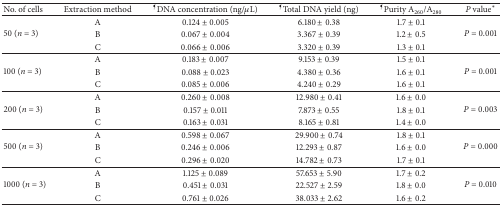
<table><thead><tr><td><b>No. of cells</b></td><td><b>Extraction method</b></td><td><b><sup>¶</sup>DNA concentration(ng/<i>μ</i>L)</b></td><td><b><sup>¶</sup>Total DNA yield (ng)</b></td><td><b><sup>¶</sup>Purity A<sub>260</sub>/A<sub>280</sub></b></td><td><b><i>P</i> value*</b></td></tr></thead><tbody><tr><td rowspan="3">50 (<i>n</i> = 3)</td><td>A</td><td>0.124 ± 0.005</td><td>6.180 ± 0.38</td><td>1.7 ± 0.1</td><td rowspan="3"><i>P</i> = 0.001</td></tr><tr><td>B</td><td>0.067 ± 0.004</td><td>3.367 ± 0.39</td><td>1.2 ± 0.5</td></tr><tr><td>C</td><td>0.066 ± 0.006</td><td>3.320 ± 0.39</td><td>1.3 ± 0.1</td></tr><tr><td rowspan="3">100 (<i>n</i> = 3)</td><td>A</td><td>0.183 ± 0.007</td><td>9.153 ± 0.39</td><td>1.5 ± 0.1</td><td rowspan="3"><i>P</i> = 0.001</td></tr><tr><td>B</td><td>0.088 ± 0.023</td><td>4.380 ± 0.36</td><td>1.6 ± 0.1</td></tr><tr><td>C</td><td>0.085 ± 0.006</td><td>4.240 ± 0.29</td><td>1.6 ± 0.1</td></tr><tr><td rowspan="3">200 (<i>n</i> = 3)</td><td>A</td><td>0.260 ± 0.008</td><td>12.980 ± 0.41</td><td>1.6 ± 0.0</td><td rowspan="3"><i>P</i> = 0.003</td></tr><tr><td>B</td><td>0.157 ± 0.011</td><td>7.873 ± 0.55</td><td>1.8 ± 0.1</td></tr><tr><td>C</td><td>0.163 ± 0.031</td><td>8.165 ± 0.81</td><td>1.4 ± 0.0</td></tr><tr><td rowspan="3">500 (<i>n</i> = 3)</td><td>A</td><td>0.598 ± 0.067</td><td>29.900 ± 0.74</td><td>1.8 ± 0.1</td><td rowspan="3"><i>P</i> = 0.000</td></tr><tr><td>B</td><td>0.246 ± 0.006</td><td>12.293 ± 0.87</td><td>1.6 ± 0.0</td></tr><tr><td>C</td><td>0.296 ± 0.020</td><td>14.782 ± 0.73</td><td>1.7 ± 0.1</td></tr><tr><td rowspan="3">1000 (<i>n</i> = 3)</td><td>A</td><td>1.125 ± 0.089</td><td>57.653 ± 5.90</td><td>1.7 ± 0.2</td><td rowspan="3"><i>P</i> = 0.010</td></tr><tr><td>B</td><td>0.451 ± 0.031</td><td>22.527 ± 2.59</td><td>1.8 ± 0.0</td></tr><tr><td>C</td><td>0.761 ± 0.026</td><td>38.033 ± 2.62</td><td>1.6 ± 0.2</td></tr></tbody></table>